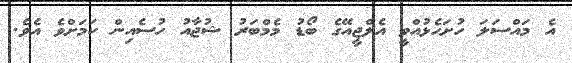
އެ މައްސަލަ ހުށަހެޅުއްވީ އެލްޖީއޭގެ ބޯޑު މެމްބަރު ޝުޖާއު ހުސެއިން ކަމަށްވެ އެވެ.